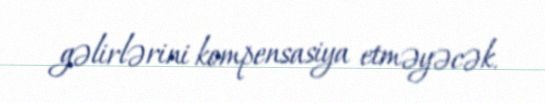
gəlirlərini kompensasiya etməyəcək.